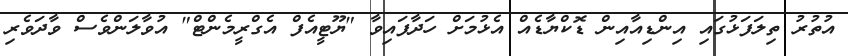
އުތުރު ތިލަފަޅުގައި އިންޑިއާއިން ޑޮކްޔާޑެއް އެޅުމަށް ހަދާފައިވާ "ޔޫޓީއެފް އެގްރީމެންޓް" އުވާލަންވެސް ވާދަވެރި